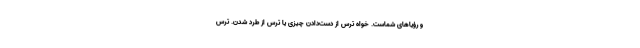
و رؤیاهای شماست. خواه ترس از دست‌دادن چیزی یا ترس از طرد شدن. ترس